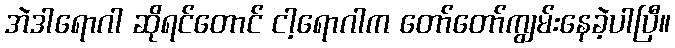
အဲဒါရောဂါ ဆိုရင်တောင် ငါ့ရောဂါက တော်တော်ကျွမ်းနေခဲ့ပါပြီ။